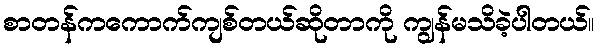
စာတန်ကကောက်ကျစ်တယ်ဆိုတာကို ကျွန်မသိခဲ့ပါတယ်။